Vaccine operations Central Provinces 1900-1911 - 1900-1911
Year: 1900
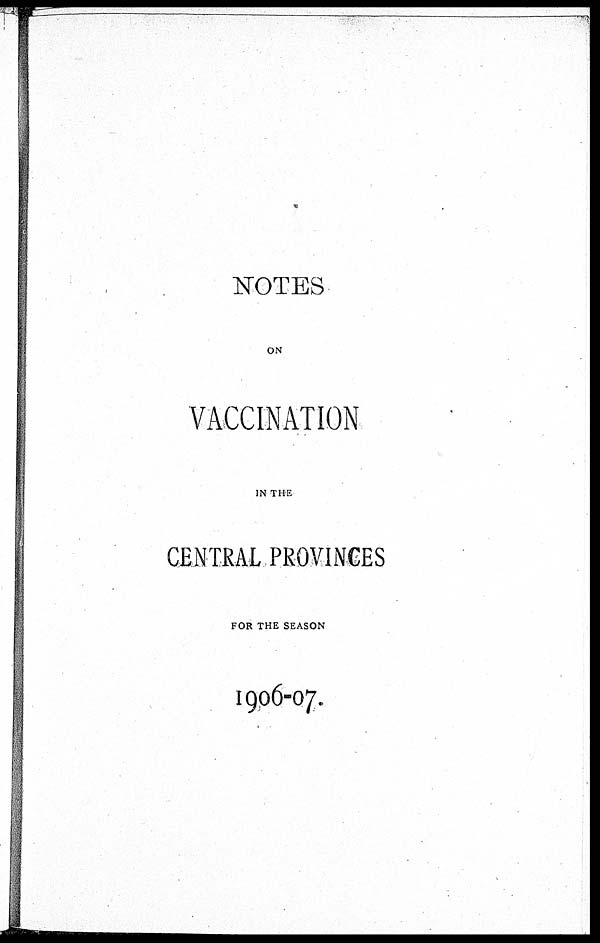
NOTES
ON
VACCINATION
IN THE
CENTRAL PROVINCES
FOR THE SEASON
1906-07.